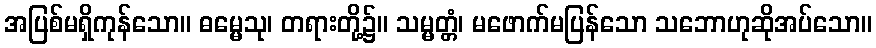
အပြစ်မရှိကုန်သော။ ဓမ္မေသု၊ တရားတို့၌။ သမ္မတ္တံ၊ မဖောက်မပြန်သော သဘောဟုဆိုအပ်သော။